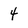
Character: 4